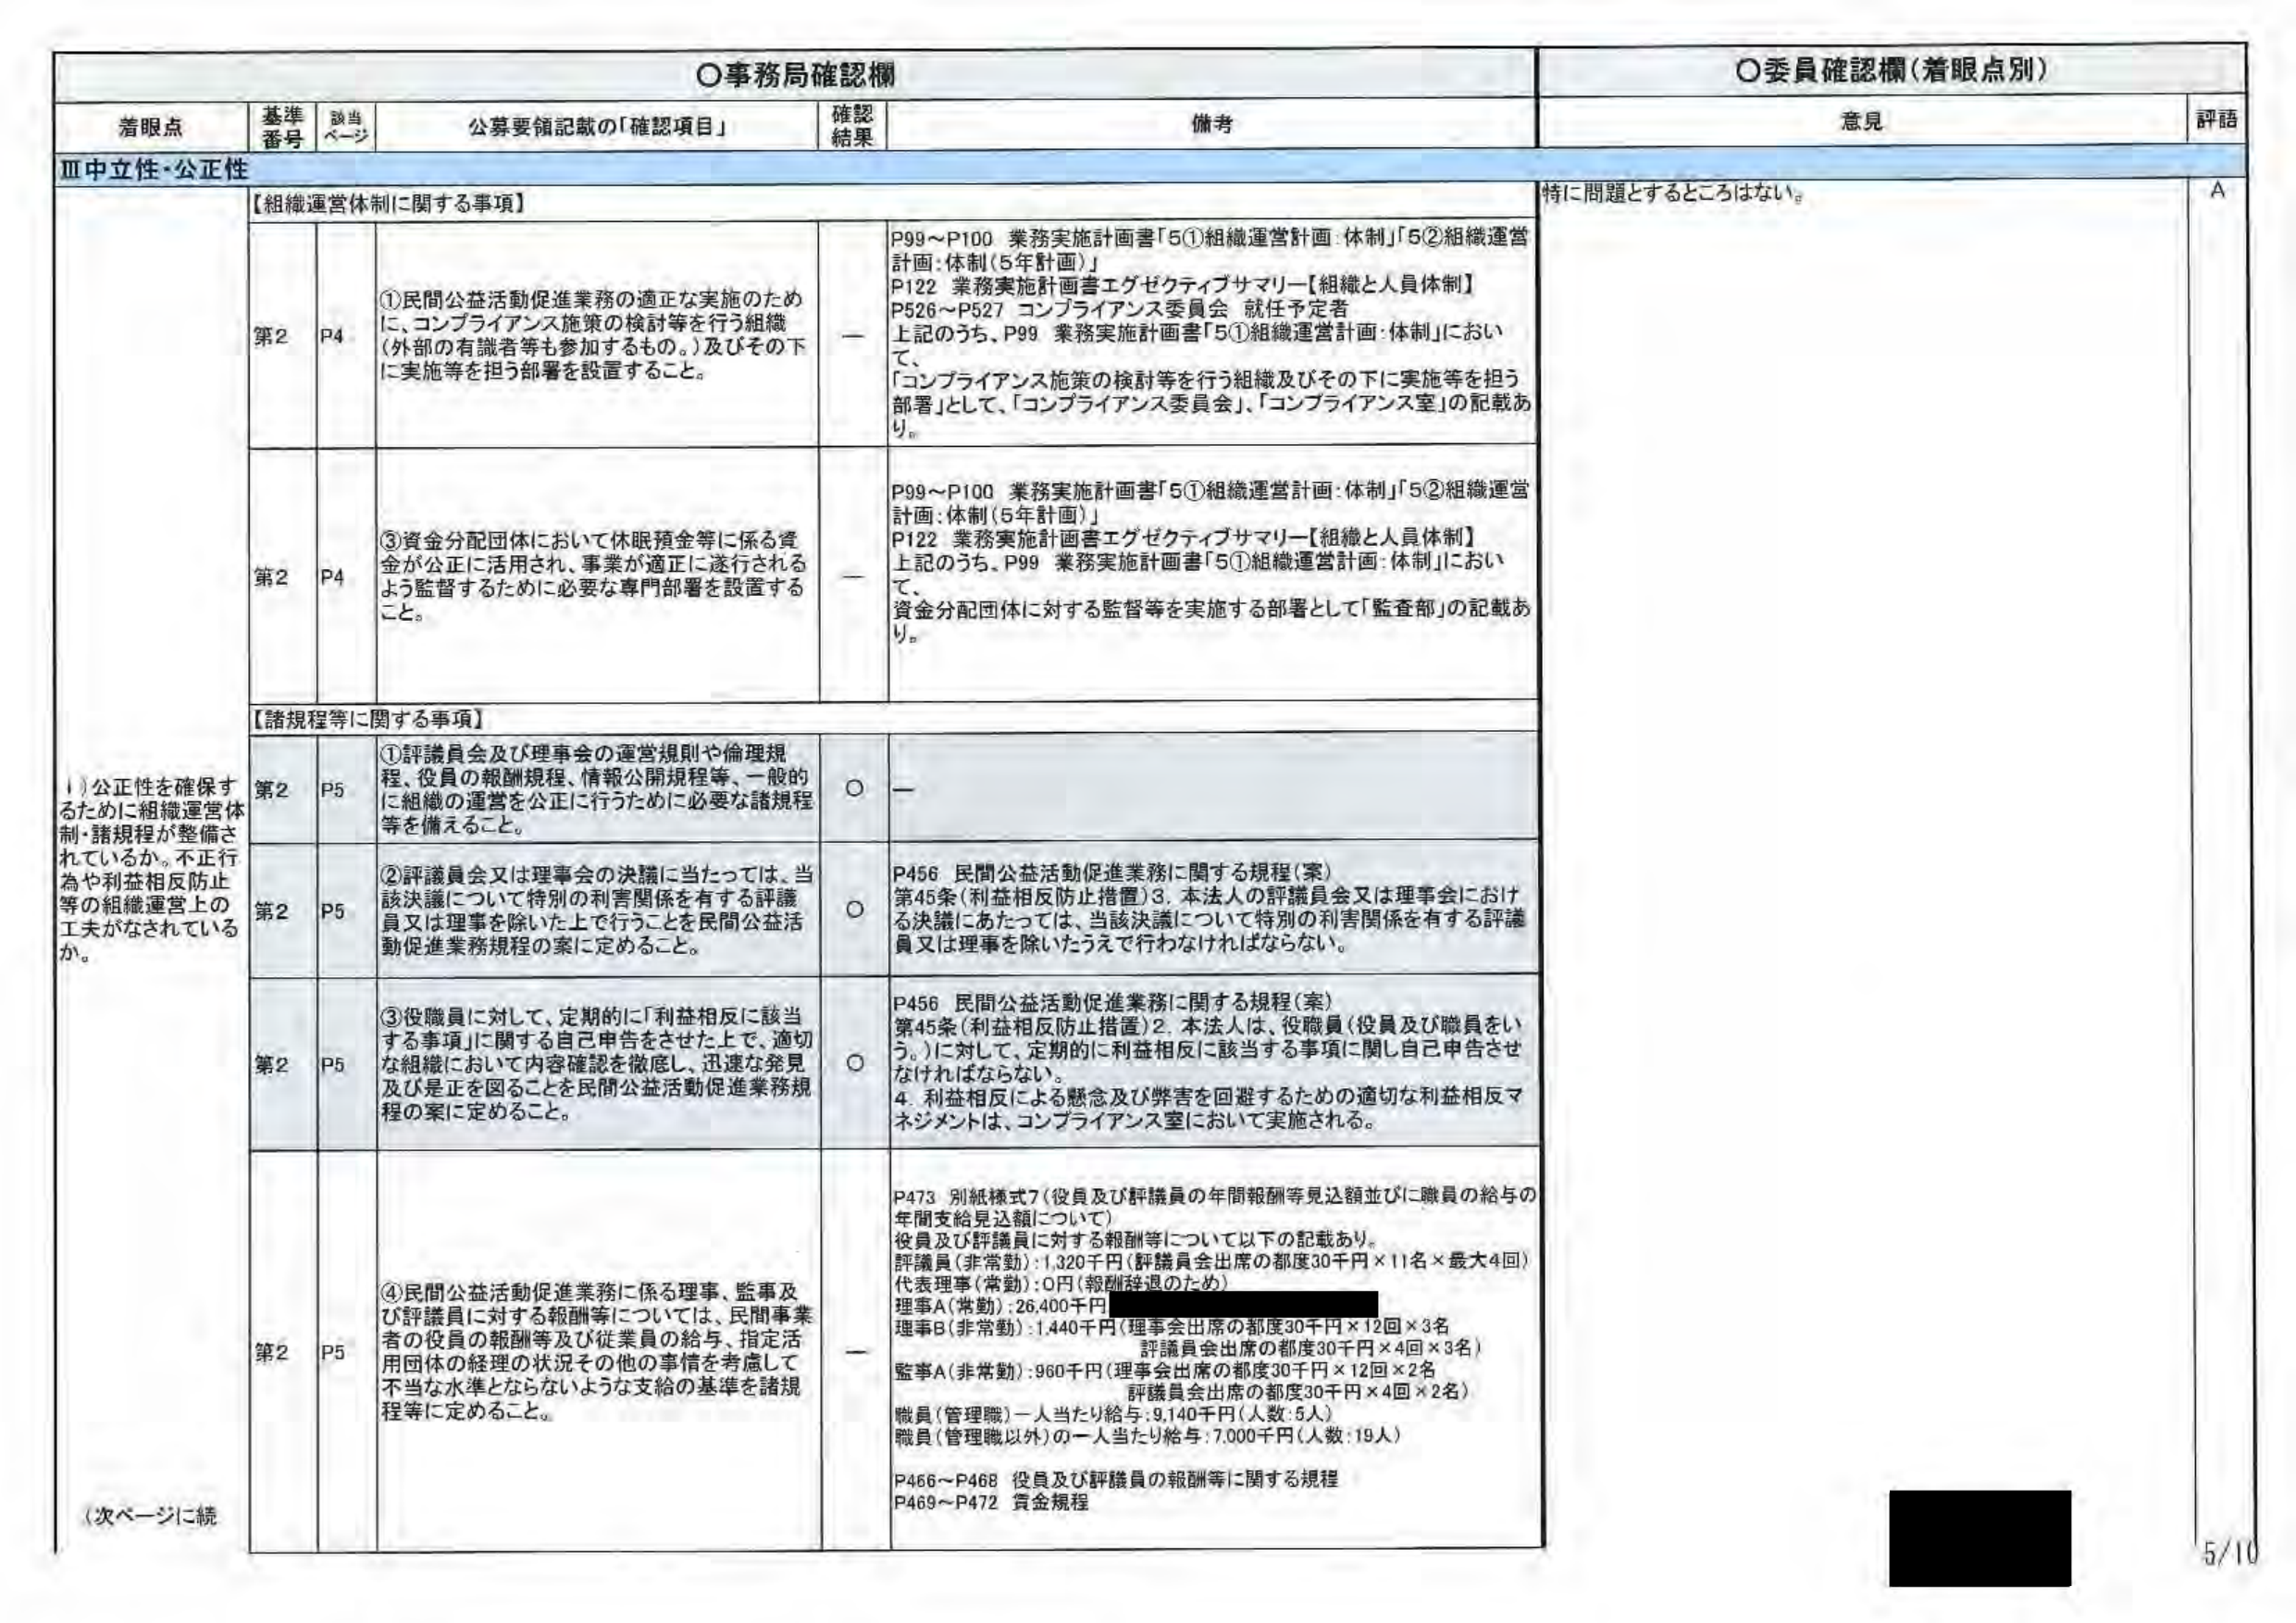
○事務局確認欄
○委員確認欄（着眼点別）

着眼点　　基準番号　　該当ページ　　公募要領記載の「確認項目」　　確認結果　　備考